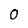
Character: 0